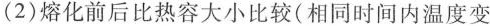
(2)熔化前后比热容大小比较(相同时间内温度变